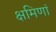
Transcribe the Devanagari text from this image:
क्षमिणां